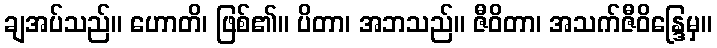
ချအပ်သည်။ ဟောတိ၊ ဖြစ်၏။ ပိတာ၊ အဘသည်။ ဇီဝိတာ၊ အသက်ဇီဝိန္ဒြေမှ။